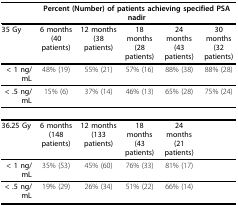
<table><thead><tr><td></td><td colspan="5"><b>Percent (Number) of patients achieving specified PSA nadir</b></td></tr></thead><tbody><tr><td><b>35 Gy</b></td><td><b>6 months</b><b>(40 patients)</b></td><td><b>12 months</b><b>(38 patients)</b></td><td><b>18 months</b><b>(28 patients)</b></td><td><b>24 months</b><b>(43 patients)</b></td><td><b>30 months</b><b>(32 patients)</b></td></tr><tr><td><b>&lt; 1 ng/mL</b></td><td>48% (19)</td><td>55% (21)</td><td>57% (16)</td><td>88% (38)</td><td>88% (28)</td></tr><tr><td><b>&lt; .5 ng/mL</b></td><td>15% (6)</td><td>37% (14)</td><td>46% (13)</td><td>65% (28)</td><td>75% (24)</td></tr><tr><td><b>36.25 Gy</b></td><td><b>6 months</b><b>(148 patients)</b></td><td><b>12 months</b><b>(133 patients)</b></td><td><b>18 months</b><b>(43 patients)</b></td><td><b>24 months</b><b>(21 patients)</b></td><td></td></tr><tr><td><b>&lt; 1 ng/mL</b></td><td>35% (53)</td><td>45% (60)</td><td>76% (33)</td><td>81% (17)</td><td></td></tr><tr><td><b>&lt; .5 ng/mL</b></td><td>19% (29)</td><td>26% (34)</td><td>51% (22)</td><td>66% (14)</td><td></td></tr></tbody></table>